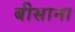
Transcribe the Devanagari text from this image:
बीसाना